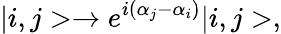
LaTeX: |i,j>\rightarrow e^{i(\alpha_{j}-\alpha_{i})}|i,j>,